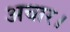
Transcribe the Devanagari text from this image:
अचार।